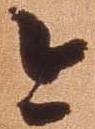
今